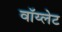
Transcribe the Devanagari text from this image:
वॉय्लेट